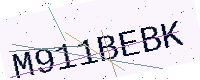
Text: M911BEBK